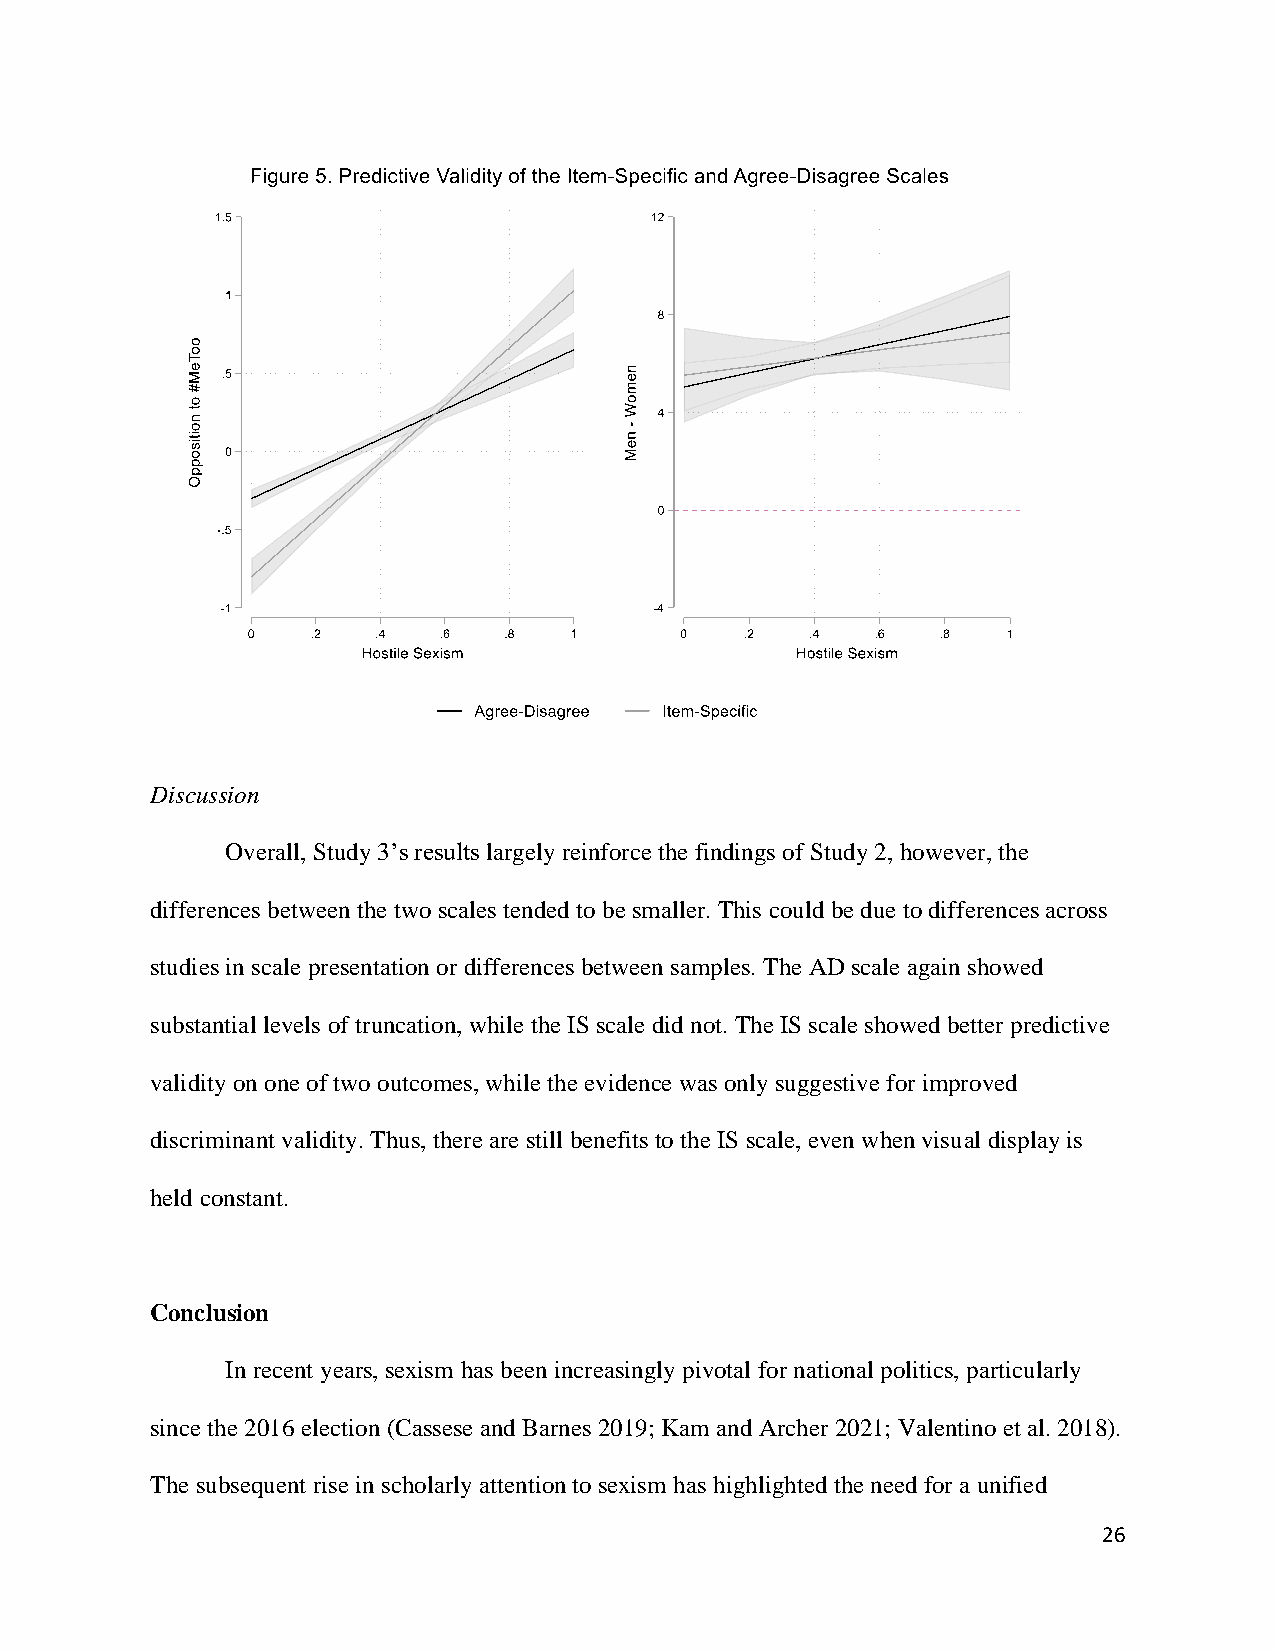
Discussion
 Overall, Study 3’s results largely reinforce the findings of Study 2, however, the
 differences between the two scales tended to be smaller. This could be due to differences across
 studies in scale presentation or differences between samples. The AD scale again showed
 substantial levels of truncation, while the IS scale did not. The IS scale showed better predictive
 validity on one of two outcomes, while the evidence was only suggestive for improved
 discriminant validity. Thus, there are still benefits to the IS scale, even when visual display is
 held constant.
 Conclusion
 In recent years, sexism has been increasingly pivotal for national politics, particularly
 since the 2016 election (Cassese and Barnes 2019; Kam and Archer 2021; Valentino et al. 2018).
 The subsequent rise in scholarly attention to sexism has highlighted the need for a unified
 26